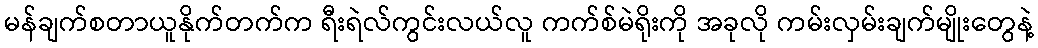
မန်ချက်စတာယူနိုက်တက်က ရီးရဲလ်ကွင်းလယ်လူ ကက်စ်မဲရိုးကို အခုလို ကမ်းလှမ်းချက်မျိုးတွေနဲ့